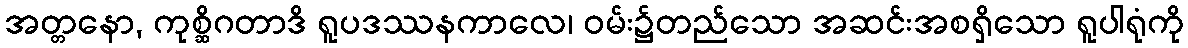
အတ္တနော, ကုစ္ဆိဂတာဒိ ရူပဒဿနကာလေ၊ ဝမ်း၌တည်သော အဆင်းအစရှိသော ရူပါရုံကို